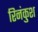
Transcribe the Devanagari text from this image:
रिनंकुश